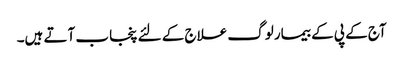
آج کے پی کے بیمار لوگ علاج کے لئے پنجاب آتے ہیں۔